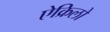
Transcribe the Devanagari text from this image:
ऐक्रिलो